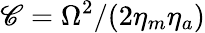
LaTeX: \mathscr{C}=\Omega^{2}/(2\eta_{m}\eta_{a})